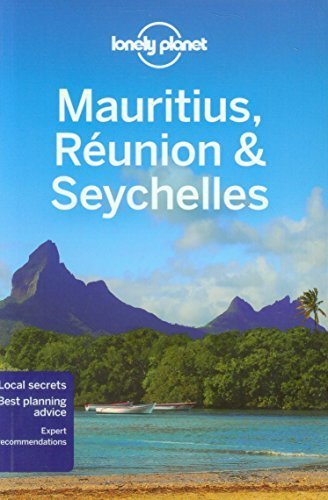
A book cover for Lonely Planet Mauritius, Reunion & Seychelles (Travel Guide) by Lonely Planet, Carillet, Jean-Bernard, Ham, Anthony (2013) Paperback; Carillet, Jean-Bernard, Ham, Anthony Lonely Planet; Travel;